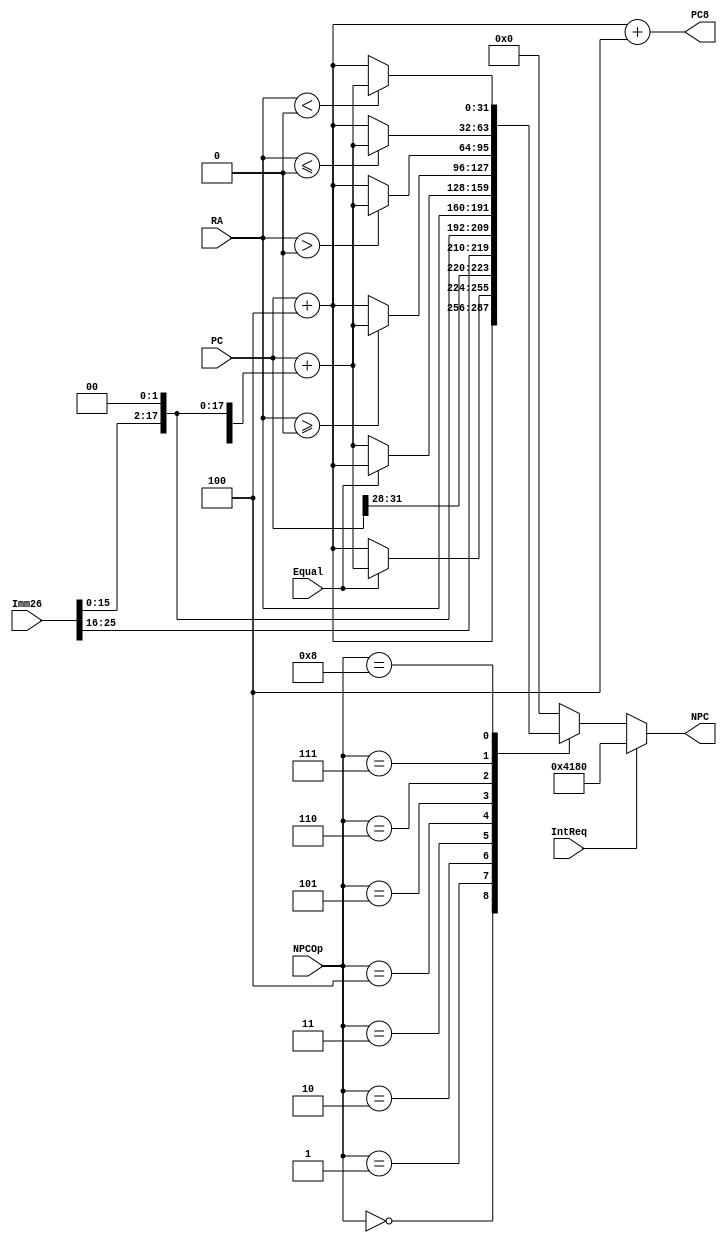
module NPC(
    input wire [31:0] PC,//PCPC(DPC+4)
    input wire [25:0] Imm26,
    input wire [31:0] RA,
    input wire [3:0] NPCOp,
    input wire Equal,
    input wire IntReq,
    output wire [31:0] NPC,
    output wire [31:0] PC8
    );

    //4'b0000: PC <= PC + 4
    //4'b0001:beqNPC = (Equal==1)?PC+4+(signext(Imm26[15:0])||00):PC+4
    //4b0010:jal,J
    //4b0011:jr
    //4'b0100:bne
    //4'b0101:BGEZ
    //4'b0110:BGTZ
    //4'b0111:BLEZ
    //4'b1000:BLTZ
    //IntReq>NPCOp
    wire [31:0] W_PC4;
    wire [31:0] Imm26ext;
    wire [31:0] Imm16ext;
    reg [31:0] r_NPC;

    assign W_PC4 = PC + 32'd4;
    assign Imm26ext = {PC[31:28],Imm26,2'b00};
    assign Imm16ext = PC + {{14{Imm26[15]}},Imm26[15:0],2'b00};

    always @(*) begin
        if(IntReq) r_NPC = 32'h0000_4180;   //Exception handler
        else begin
            case (NPCOp)
                4'b0000: r_NPC = W_PC4;
                4'b0001: begin
                            if(Equal==1'b1) r_NPC = Imm16ext;
                            else r_NPC = W_PC4;
                        end 
                4'b0010: r_NPC = Imm26ext;
                4'b0011: r_NPC = RA;
                4'b0100: begin
                            if(Equal==1'b0) r_NPC = Imm16ext;
                            else r_NPC = W_PC4;
                        end 
                4'b0101: if($signed(RA)>=0) r_NPC = Imm16ext;
                        else r_NPC = W_PC4;
                4'b0110: if($signed(RA)>0) r_NPC = Imm16ext;
                        else r_NPC = W_PC4;
                4'b0111: if($signed(RA)<=0) r_NPC = Imm16ext;
                        else r_NPC = W_PC4;
                4'b1000: if($signed(RA)<0) r_NPC = Imm16ext;
                        else r_NPC = W_PC4;
                default: r_NPC = 32'h0;
            endcase
        end
    end

    assign NPC = r_NPC;
    assign PC8 = W_PC4+32'd4;
endmodule